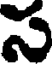
స